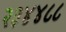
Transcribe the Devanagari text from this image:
२३४४८८